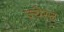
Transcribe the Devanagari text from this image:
ज्येस्ठ